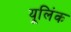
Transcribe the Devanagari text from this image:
यूलिंक